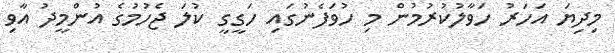
މިދިޔަ އަހަރު ހަވާލުކުރުމުން މި ހުވަފެނުގައި ހަގީގީ ކުލަ ޖެހުމުގެ އުންމީދު އާވި